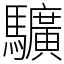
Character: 𩧉